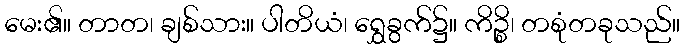
မေး၏။ တာတ၊ ချစ်သား။ ပါတိယံ၊ ရွှေခွက်၌။ ကိဉ္စိ၊ တစုံတခုသည်။